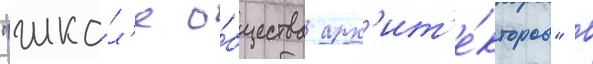
"шко́л'е о́бщества арх'ит'е́кторов" в